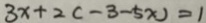
3 x + 2 ( - 3 - 5 x ) = 1